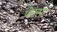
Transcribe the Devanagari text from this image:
पेरसा